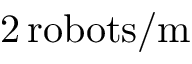
2 \, \mathrm { r o b o t s } / \mathrm { m }